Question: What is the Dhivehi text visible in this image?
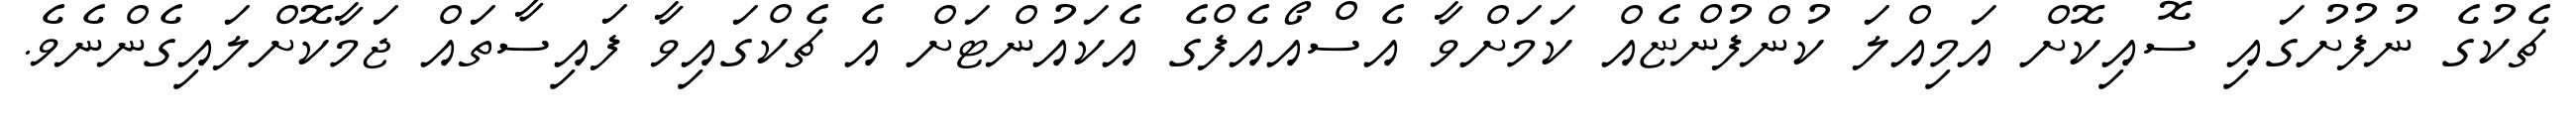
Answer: ޗެކުގެ ނުފުށުގައި ސޮއިކޮށް އަމިއްލަ ކުންފުންޏެއް ކަމަށްވާ އެސްއޯއެފްގެ އެކައުންޓަށް އެ ޗެކްގައިވާ ފައިސާތައް ޖަމާކޮށްލައިގެންނެވެ.